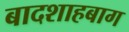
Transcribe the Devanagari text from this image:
बादशाहबाग